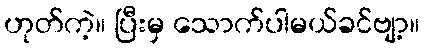
ဟုတ်ကဲ့။ ပြီးမှ သောက်ပါမယ်ခင်ဗျာ့။